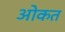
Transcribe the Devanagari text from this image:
ओकत